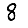
Digit: 8